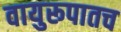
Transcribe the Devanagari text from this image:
वायुरूपातच